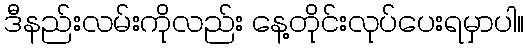
ဒီနည်းလမ်းကိုလည်း နေ့တိုင်းလုပ်ပေးရမှာပါ။